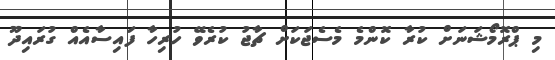
މި ޕްރޮމޯޝަނަށް ކުރާ ކޮންމެ މެސެޖަކަށް ޗާޖު ކުރެވޭ ހުރިހާ ފައިސާއެއް ގުރައިދޫ